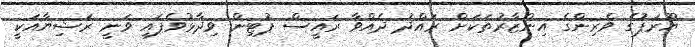
ޔޫރަޕުގެ ވެރިންގެ އިންޒާރުތަކަށް ރައްދު ދެއްވާ ރައީސް ޕުޓިން ވިދާޅުވެފައި ވަނީ ރަޝިޔާއަކީ